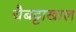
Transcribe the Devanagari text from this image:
चैबट्टाखाल